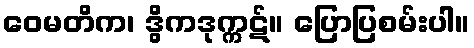
ဝေမတိက၊ ဒွိကဒုက္ကဋ်။ ပြောပြစမ်းပါ။